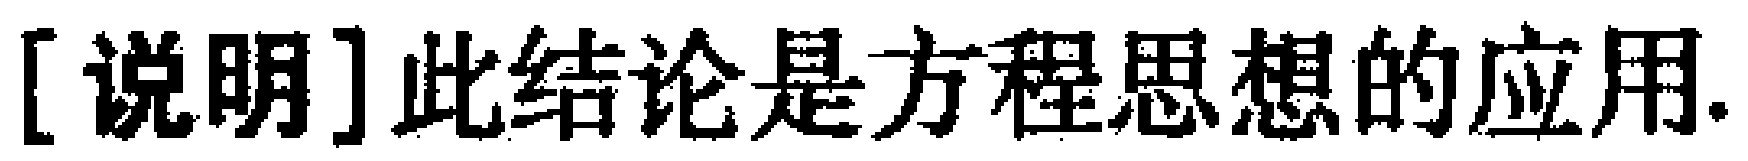
[说明]此结论是方程思想的应用.